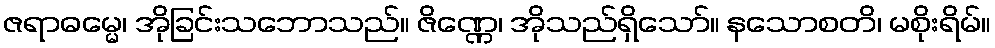
ဇရာဓမ္မေ၊ အိုခြင်းသဘောသည်။ ဇိဏ္ဏေ၊ အိုသည်ရှိသော်။ နသောစတိ၊ မစိုးရိမ်။